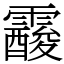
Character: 𩆑